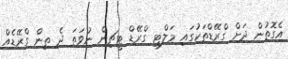
އެގޮތުން ދަށް ގްރޭޑްތަކުގައި މަލްޓި ގްރޭޑް ޓީޗިން ނުވަތަ ދެ ތިން ގްރޭޑެއް